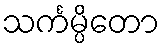
သင်္ကမ္ပိတော